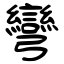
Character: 彎